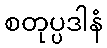
စတုပ္ပဒါနံ